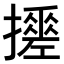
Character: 𢷼